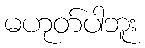
မဟုတ်ပါဘူး